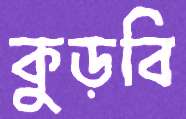
কুড়বি